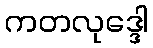
ကတလုဒ္ဒေါ